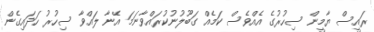
ރައީސް ޔާމީން ސިހުރުގެ އެއްވެސް ކަމެއް ގަބޫލުނުކުރައްވާނަަމަ އޭނާ ލައްވާ ސިހުރު ހަދައިގެން